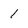
Character: 1